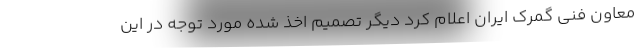
معاون فنی گمرک ایران اعلام کرد دیگر تصمیم اخذ شده مورد توجه در این